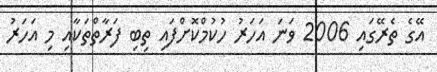
އޭގެ ތެރޭގައި 2006 ވަނަ އަހަރު ހުކުމްކޮށްފައި ތިބި ފަރާތްތަކާއި މި އަހަރު